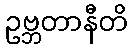
ဥဗ္ဘတာနီတိ